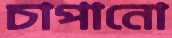
চাপানো